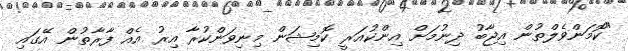
"ކޮމަންވެލްތުން އިޖާބު ދިނުމަށް އިންކުއަރީ ކޮމިޝަން މިނިވަންކުރާ އިރު އެއް ފާރާތުން އޭގައި